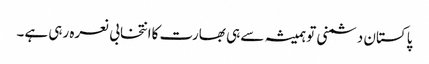
پاکستان دشمنی تو ہمیشہ سے ہی بھارت کاانتخابی نعرہ رہی ہے۔